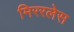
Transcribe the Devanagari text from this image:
मिररलेस